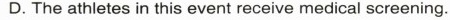
D. The athletes in this event receive medical screening.